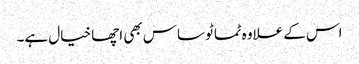
اس کے علاوہ ٹماٹو ساس بھی اچھا خیال ہے۔